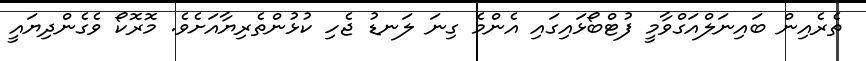
ތެރެއިން ބައިނަލްއަގްވާމީ ފުޓްބޯޅައިގައި އެންމެ ގިނަ ލަނޑު ޖެހި ކުޅުންތެރިޔާއަށެވެ. މޮރޮކޯ ވެގެންދިޔައީ